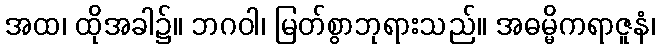
အထ၊ ထိုအခါ၌။ ဘဂဝါ၊ မြတ်စွာဘုရားသည်။ အဓမ္မိကရာဇူနံ၊